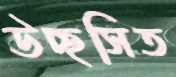
উচ্ছসিত